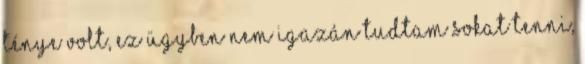
ténye volt, ez ügyben nem igazán tudtam sokat tenni,